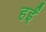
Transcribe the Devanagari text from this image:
हईं